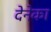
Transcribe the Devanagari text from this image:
देनेका